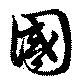
国